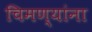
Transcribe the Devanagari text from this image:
चिमण्यांना